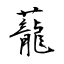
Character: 蘢